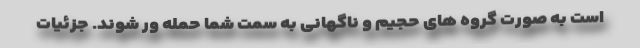
است به صورت گروه های حجیم و ناگهانی به سمت شما حمله ور شوند. جزئیات